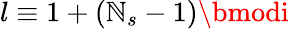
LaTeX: l\equiv1+(\mathbb{N}_{s}-1)\bmodi